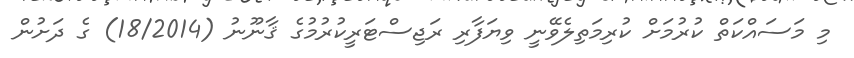
މި މަސައްކަތް ކުރުމަށް ކުރިމަތިލެވޭނީ ވިޔަފާރި ރަޖިސްޓަރީކުރުމުގެ ޤާނޫނު (18/2014) ގެ ދަށުން